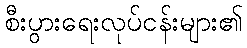
စီးပွားရေးလုပ်ငန်းများ၏